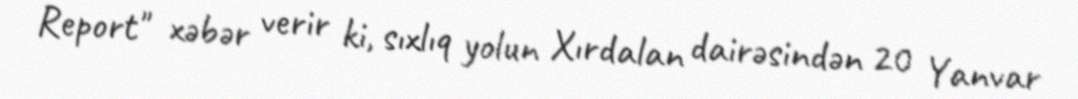
Report" xəbər verir ki, sıxlıq yolun Xırdalan dairəsindən 20 Yanvar